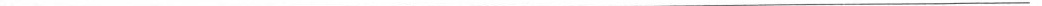
___